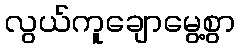
လွယ်ကူချောမွေ့စွာ